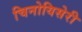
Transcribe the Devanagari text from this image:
चिनोयिसेरी